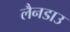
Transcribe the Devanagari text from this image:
लैनडाउ